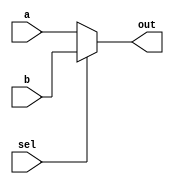
`timescale 1ns / 1ps



module MUX2bit(
    input   a, b,                               // a, b input .
    input   sel,                                //      sel input .
    output  out                                 // out output 
    );
    
    assign out =    (sel==1'b0) ? a :           // sel 0 a .
                    (sel==1'b1) ? b : 1'bx;     // sel 1 b     x .
                    
endmodule